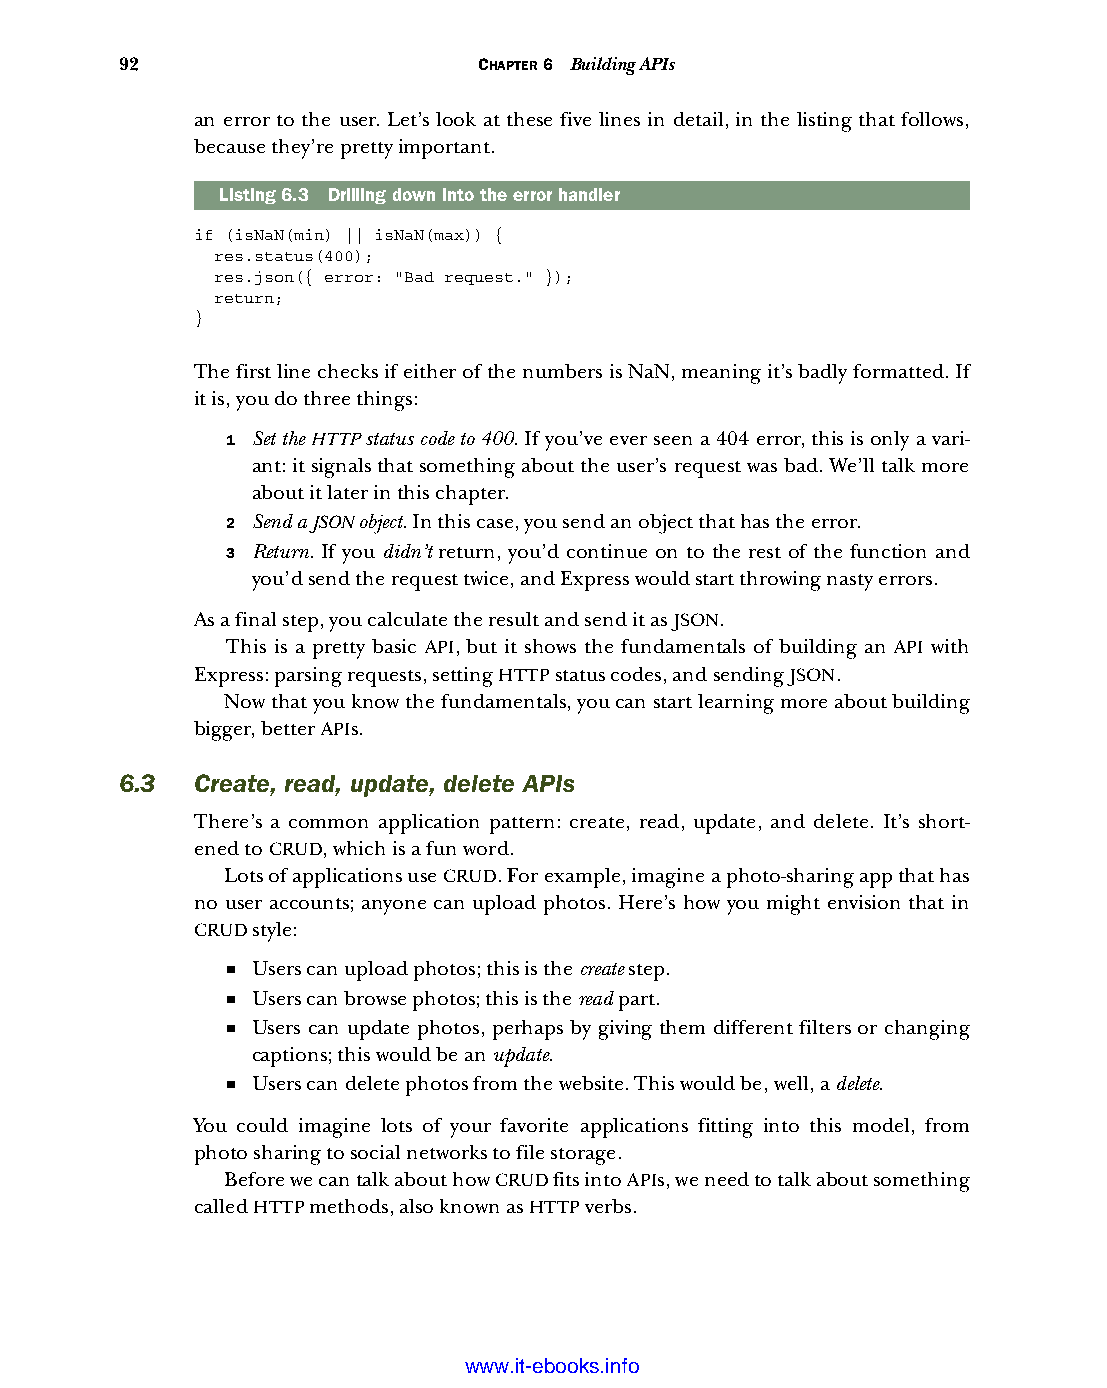
92                      CHAPTER 6 Building APIs
 an error to the user. Let’s look at these five lines in detail, in the listing that follows,
 because they’re pretty important.
 Listing6.3 Drilling down into the error handler
 if (isNaN(min) || isNaN(max)) {
 res.status(400);
 res.json({ error: "Bad request." });
 return;
 }
 The first line checks if either of the numbers is NaN, meaning it’s badly formatted. If
 it is, you do three things:
 1 Set the HTTP status code to 400. If you’ve ever seen a 404 error, this is only a vari-
 ant: it signals that something about the user’s request was bad. We’ll talk more
 about it later in this chapter.
 2 Send a JSON object. In this case, you send an object that has the error.
 3 Return. If you didn’t return, you’d continue on to the rest of the function and
 you’d send the request twice, and Express would start throwing nasty errors.
 As a final step, you calculate the result and send it as JSON.
 This is a pretty basic API, but it shows the fundamentals of building an API with
 Express: parsing requests, setting HTTP status codes, and sending JSON.
 Now that you know the fundamentals, you can start learning more about building
 bigger, better APIs.
 6.3  Create, read, update, delete APIs
 There’s a common application pattern: create, read, update, and delete. It’s short-
 ened to CRUD, which is a fun word.
 Lots of applications use CRUD. For example, imagine a photo-sharing app that has
 no user accounts; anyone can upload photos. Here’s how you might envision that in
 CRUD style:
 ■ Users can upload photos; this is the create step.
 ■ Users can browse photos; this is the read part.
 ■ Users can update photos, perhaps by giving them different filters or changing
 captions; this would be an update.
 ■ Users can delete photos from the website. This would be, well, a delete.
 You could imagine lots of your favorite applications fitting into this model, from
 photo sharing to social networks to file storage.
 Before we can talk about how CRUD fits into APIs, we need to talk about something
 called HTTP methods, also known as HTTP verbs.
 Licensed wtow w <.mit-ielebro.8o8k8s@.ingfomail.com>